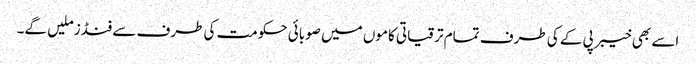
اسے بھی خیبر پی کے کی طرف تمام ترقیاتی کاموں میں صوبائی حکومت کی طرف سے فنڈز ملیں گے۔